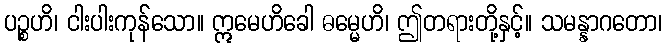
ပဉ္စဟိ၊ ငါးပါးကုန်သော။ ဣမေဟိခေါ ဓမ္မေဟိ၊ ဤတရားတို့နှင့်။ သမန္နာဂတော၊